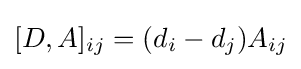
[D,A]_{ij}=(d_{i}-d_{j})A_{ij}